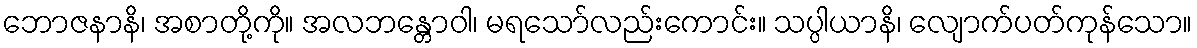
ဘောဇနာနိ၊ အစာတို့ကို။ အလဘန္တောဝါ၊ မရသော်လည်းကောင်း။ သပ္ပါယာနိ၊ လျောက်ပတ်ကုန်သော။